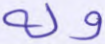
وله